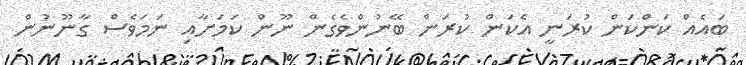
ބައެއް ކަންކަން ކުރަނީ އެކަން ކުރަން ބޭނުންވެގެން ނޫން ކަމަށާއި ނަމަވެސް ގާނޫނުން